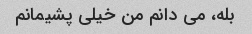
بله، می دانم من خیلی پشیمانم